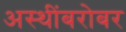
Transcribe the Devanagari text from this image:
अस्थींबरोबर